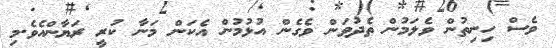
ވެސް ހިނިތުން ވެލަމުން ތެދުވަން ވެގެން އުޅުމުން އެކަން މަނާ ކުރީ ރަޔާންއެވެ.މި